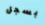
بسجل